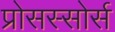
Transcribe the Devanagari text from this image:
प्रोसस्सोर्स